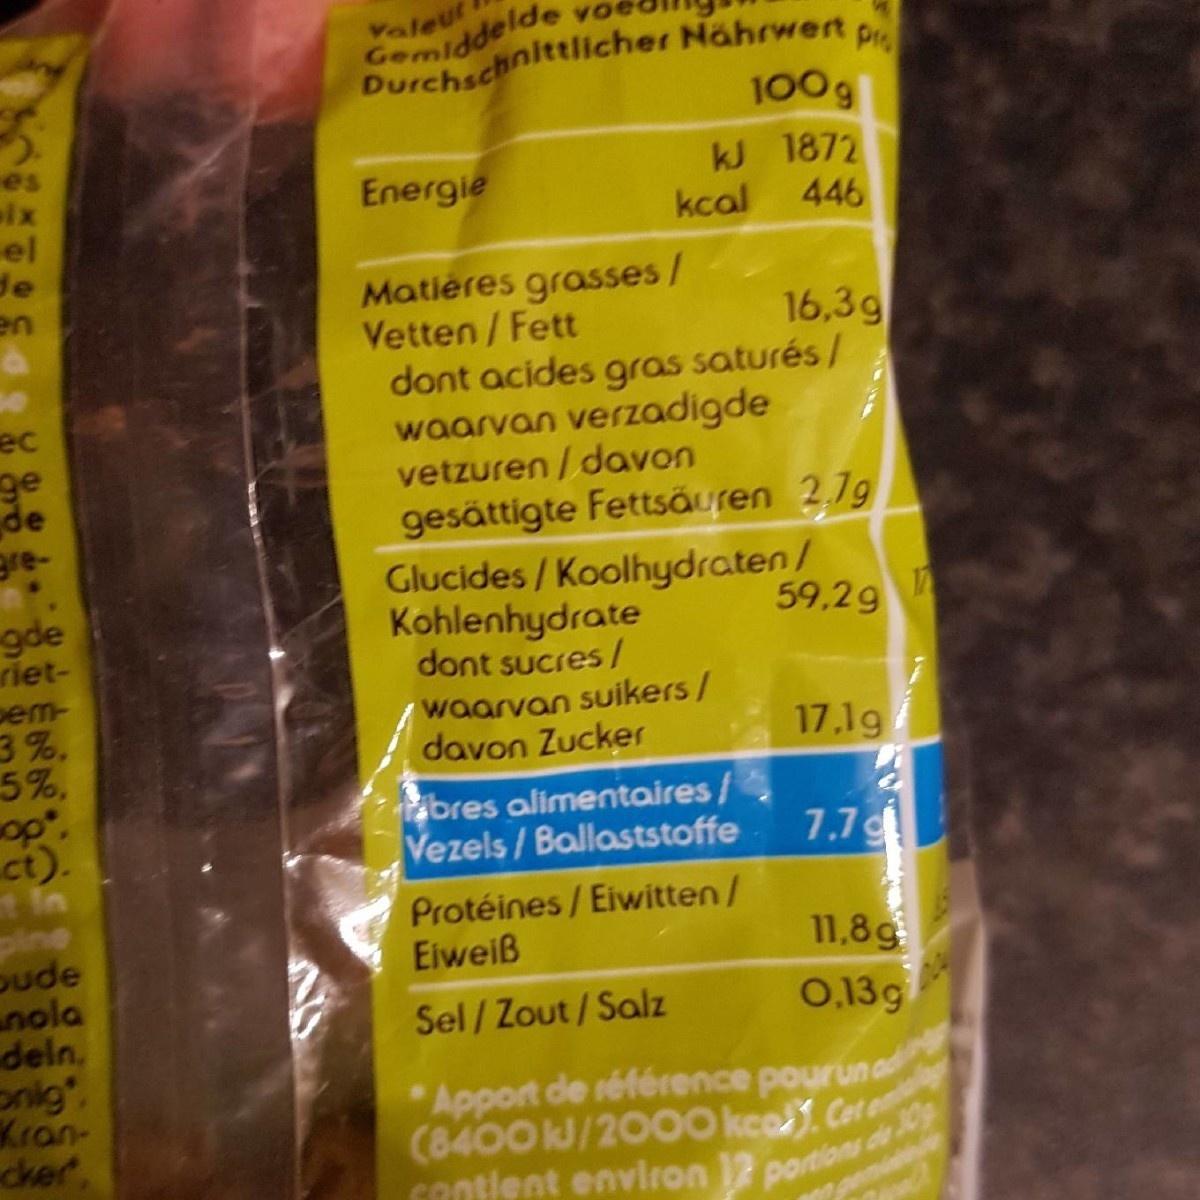
Valeur Gemiddelde Durchschnittlicher Nährwert 1009 es kJ 1872 Energie ix el de en 446 kcal Matieres grasses/ Vetten/ Fett dont acides gras saturés/ waarvan verzadigde vetzuren /davon gesättigte Fettsäuren 2.7g Glucides/Koolhydraten/ Kohlenhydrate dont sucres/ 16,3g se ec ge de gre- gde riet- em- 3%, 5%, opo: ct). 59,29 waarvan suikers/ davon Zucker 17.19 bres alimentaires Vezels/Ballaststoffe 7.7 d Protéines/Eiwitten/ Eiweiß pine oude nola deln, nig'. Kran- cker 11.8g .13g Sel/ Zout/Salz Apport de référence pourun a (8400 kJ/20O0 kcaCe CRntlent environ 12 portions de 3